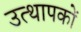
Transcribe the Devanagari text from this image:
उत्थापकों